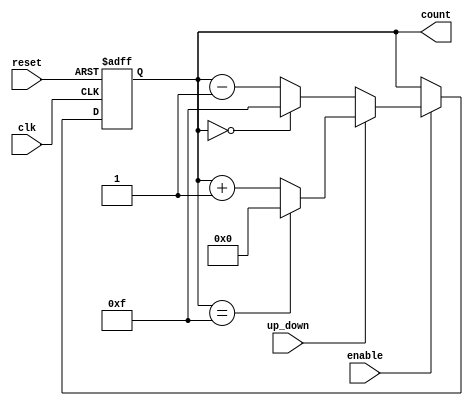
module up_down_counter (
    input wire clk,           // Clock signal
    input wire reset,         // Asynchronous reset signal
    input wire up_down,       // Control signal for counting direction
    input wire enable,        // Enable signal for counting
    output reg [n-1:0] count  // n-bit counter output
);
    parameter n = 4; // Define the bit-width of the counter (can be changed as needed)
    localparam MAX_COUNT = (1 << n) - 1; // Maximum count value for n bits

    // Asynchronous reset and counting logic
    always @(posedge clk or posedge reset) begin
        if (reset) begin
            count <= 0; // Reset the counter to zero
        end else if (enable) begin
            if (up_down) begin
                // Count up
                if (count == MAX_COUNT) begin
                    count <= 0; // Wrap around to zero
                end else begin
                    count <= count + 1; // Increment the counter
                end
            end else begin
                // Count down
                if (count == 0) begin
                    count <= MAX_COUNT; // Wrap around to maximum value
                end else begin
                    count <= count - 1; // Decrement the counter
                end
            end
        end
        // If enable is low, the counter retains its value
    end
endmodule